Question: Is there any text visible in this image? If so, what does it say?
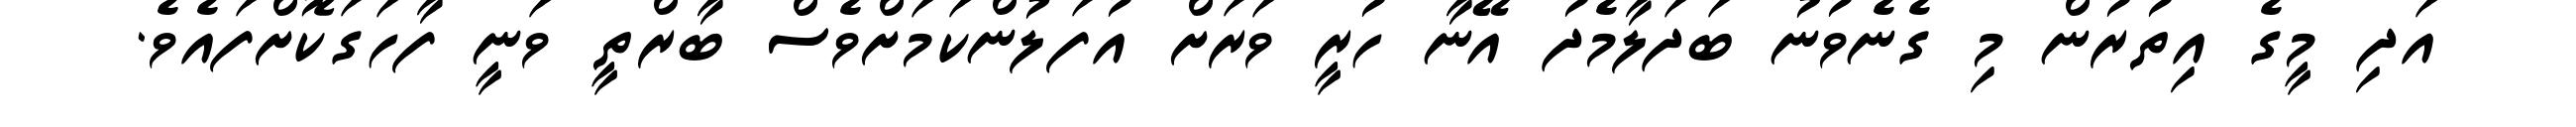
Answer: އަދި މީގެ އިތުރުން މި ގެނެވުނު ބަދަލާމެދު އޭނާ ހުރީ ވަރަށް އުފަލުންކަމަށްވެސް ބާރްތީ ވަނީ ފާހަގަކޮށްފައެވެ.